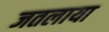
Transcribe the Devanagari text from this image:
जतलाया